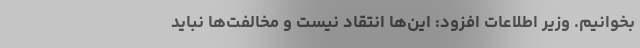
بخوانیم. وزیر اطلاعات افزود: این‌ها انتقاد نیست و مخالفت‌ها نباید